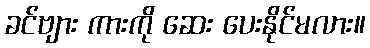
ခင်ဗျား ကားကို ဆေး ပေးနိုင်မလား။